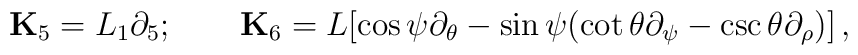
{\bf K}_5 = L_1\partial_5;\qquad{\bf K}_6 = L[\cos\psi \partial_{\theta} - \sin\psi(\cot\theta \partial_{\psi} - \csc\theta \partial_{\rho})] \, ,